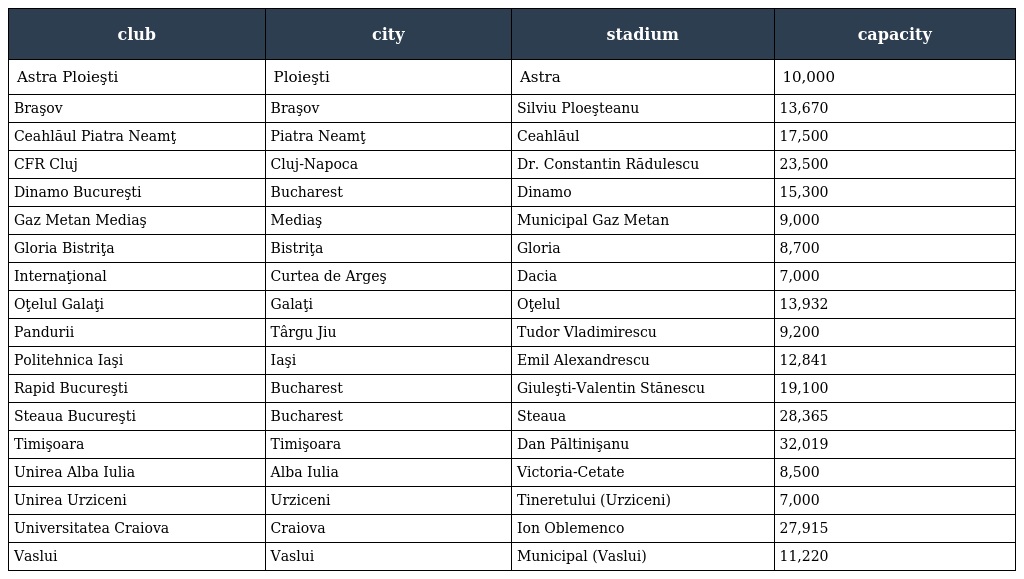
| club | city | stadium | capacity |
 | --- | --- | --- | --- |
 | Astra Ploieşti | Ploieşti | Astra | 10,000 |
 | Braşov | Braşov | Silviu Ploeşteanu | 13,670 |
 | Ceahlăul Piatra Neamţ | Piatra Neamţ | Ceahlăul | 17,500 |
 | CFR Cluj | Cluj-Napoca | Dr. Constantin Rădulescu | 23,500 |
 | Dinamo Bucureşti | Bucharest | Dinamo | 15,300 |
 | Gaz Metan Mediaş | Mediaş | Municipal Gaz Metan | 9,000 |
 | Gloria Bistriţa | Bistriţa | Gloria | 8,700 |
 | Internaţional | Curtea de Argeş | Dacia | 7,000 |
 | Oţelul Galaţi | Galaţi | Oţelul | 13,932 |
 | Pandurii | Târgu Jiu | Tudor Vladimirescu | 9,200 |
 | Politehnica Iaşi | Iaşi | Emil Alexandrescu | 12,841 |
 | Rapid Bucureşti | Bucharest | Giuleşti-Valentin Stănescu | 19,100 |
 | Steaua Bucureşti | Bucharest | Steaua | 28,365 |
 | Timişoara | Timişoara | Dan Păltinişanu | 32,019 |
 | Unirea Alba Iulia | Alba Iulia | Victoria-Cetate | 8,500 |
 | Unirea Urziceni | Urziceni | Tineretului (Urziceni) | 7,000 |
 | Universitatea Craiova | Craiova | Ion Oblemenco | 27,915 |
 | Vaslui | Vaslui | Municipal (Vaslui) | 11,220 |